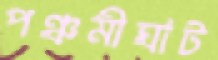
পঞ্চমীঘাট